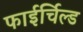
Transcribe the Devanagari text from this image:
फाईर्चिल्ड